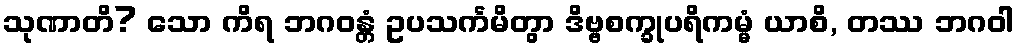
သုဏာတိ? သော ကိရ ဘဂဝန္တံ ဥပသင်္ကမိတွာ ဒိဗ္ဗစက္ခုပရိကမ္မံ ယာစိ, တဿ ဘဂဝါ